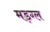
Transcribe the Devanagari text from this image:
मड़ग्ल